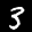
Label: 3